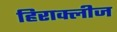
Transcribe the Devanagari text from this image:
हिराक्लीज